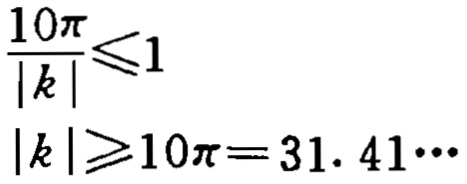
\[\frac{10\pi}{|k|}\leqslant1\]

\[|k|\geqslant10\pi = 31.41\cdots\]